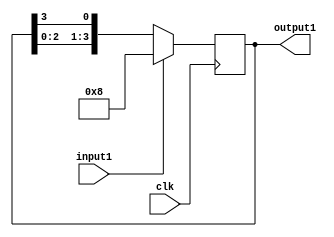
module ringcounter(clk, input1, output1);
input clk; 
input input1;
output [3:0]output1; 
reg [3:0]output1;
always@(posedge clk) 
if(input1 == 1)
    output1 <= 4'b1000; 
else 
    output1 <= {output1[2:0],output1[3]};	
endmodule